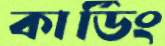
কার্ডিং